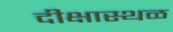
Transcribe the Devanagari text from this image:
दीक्षास्थळ